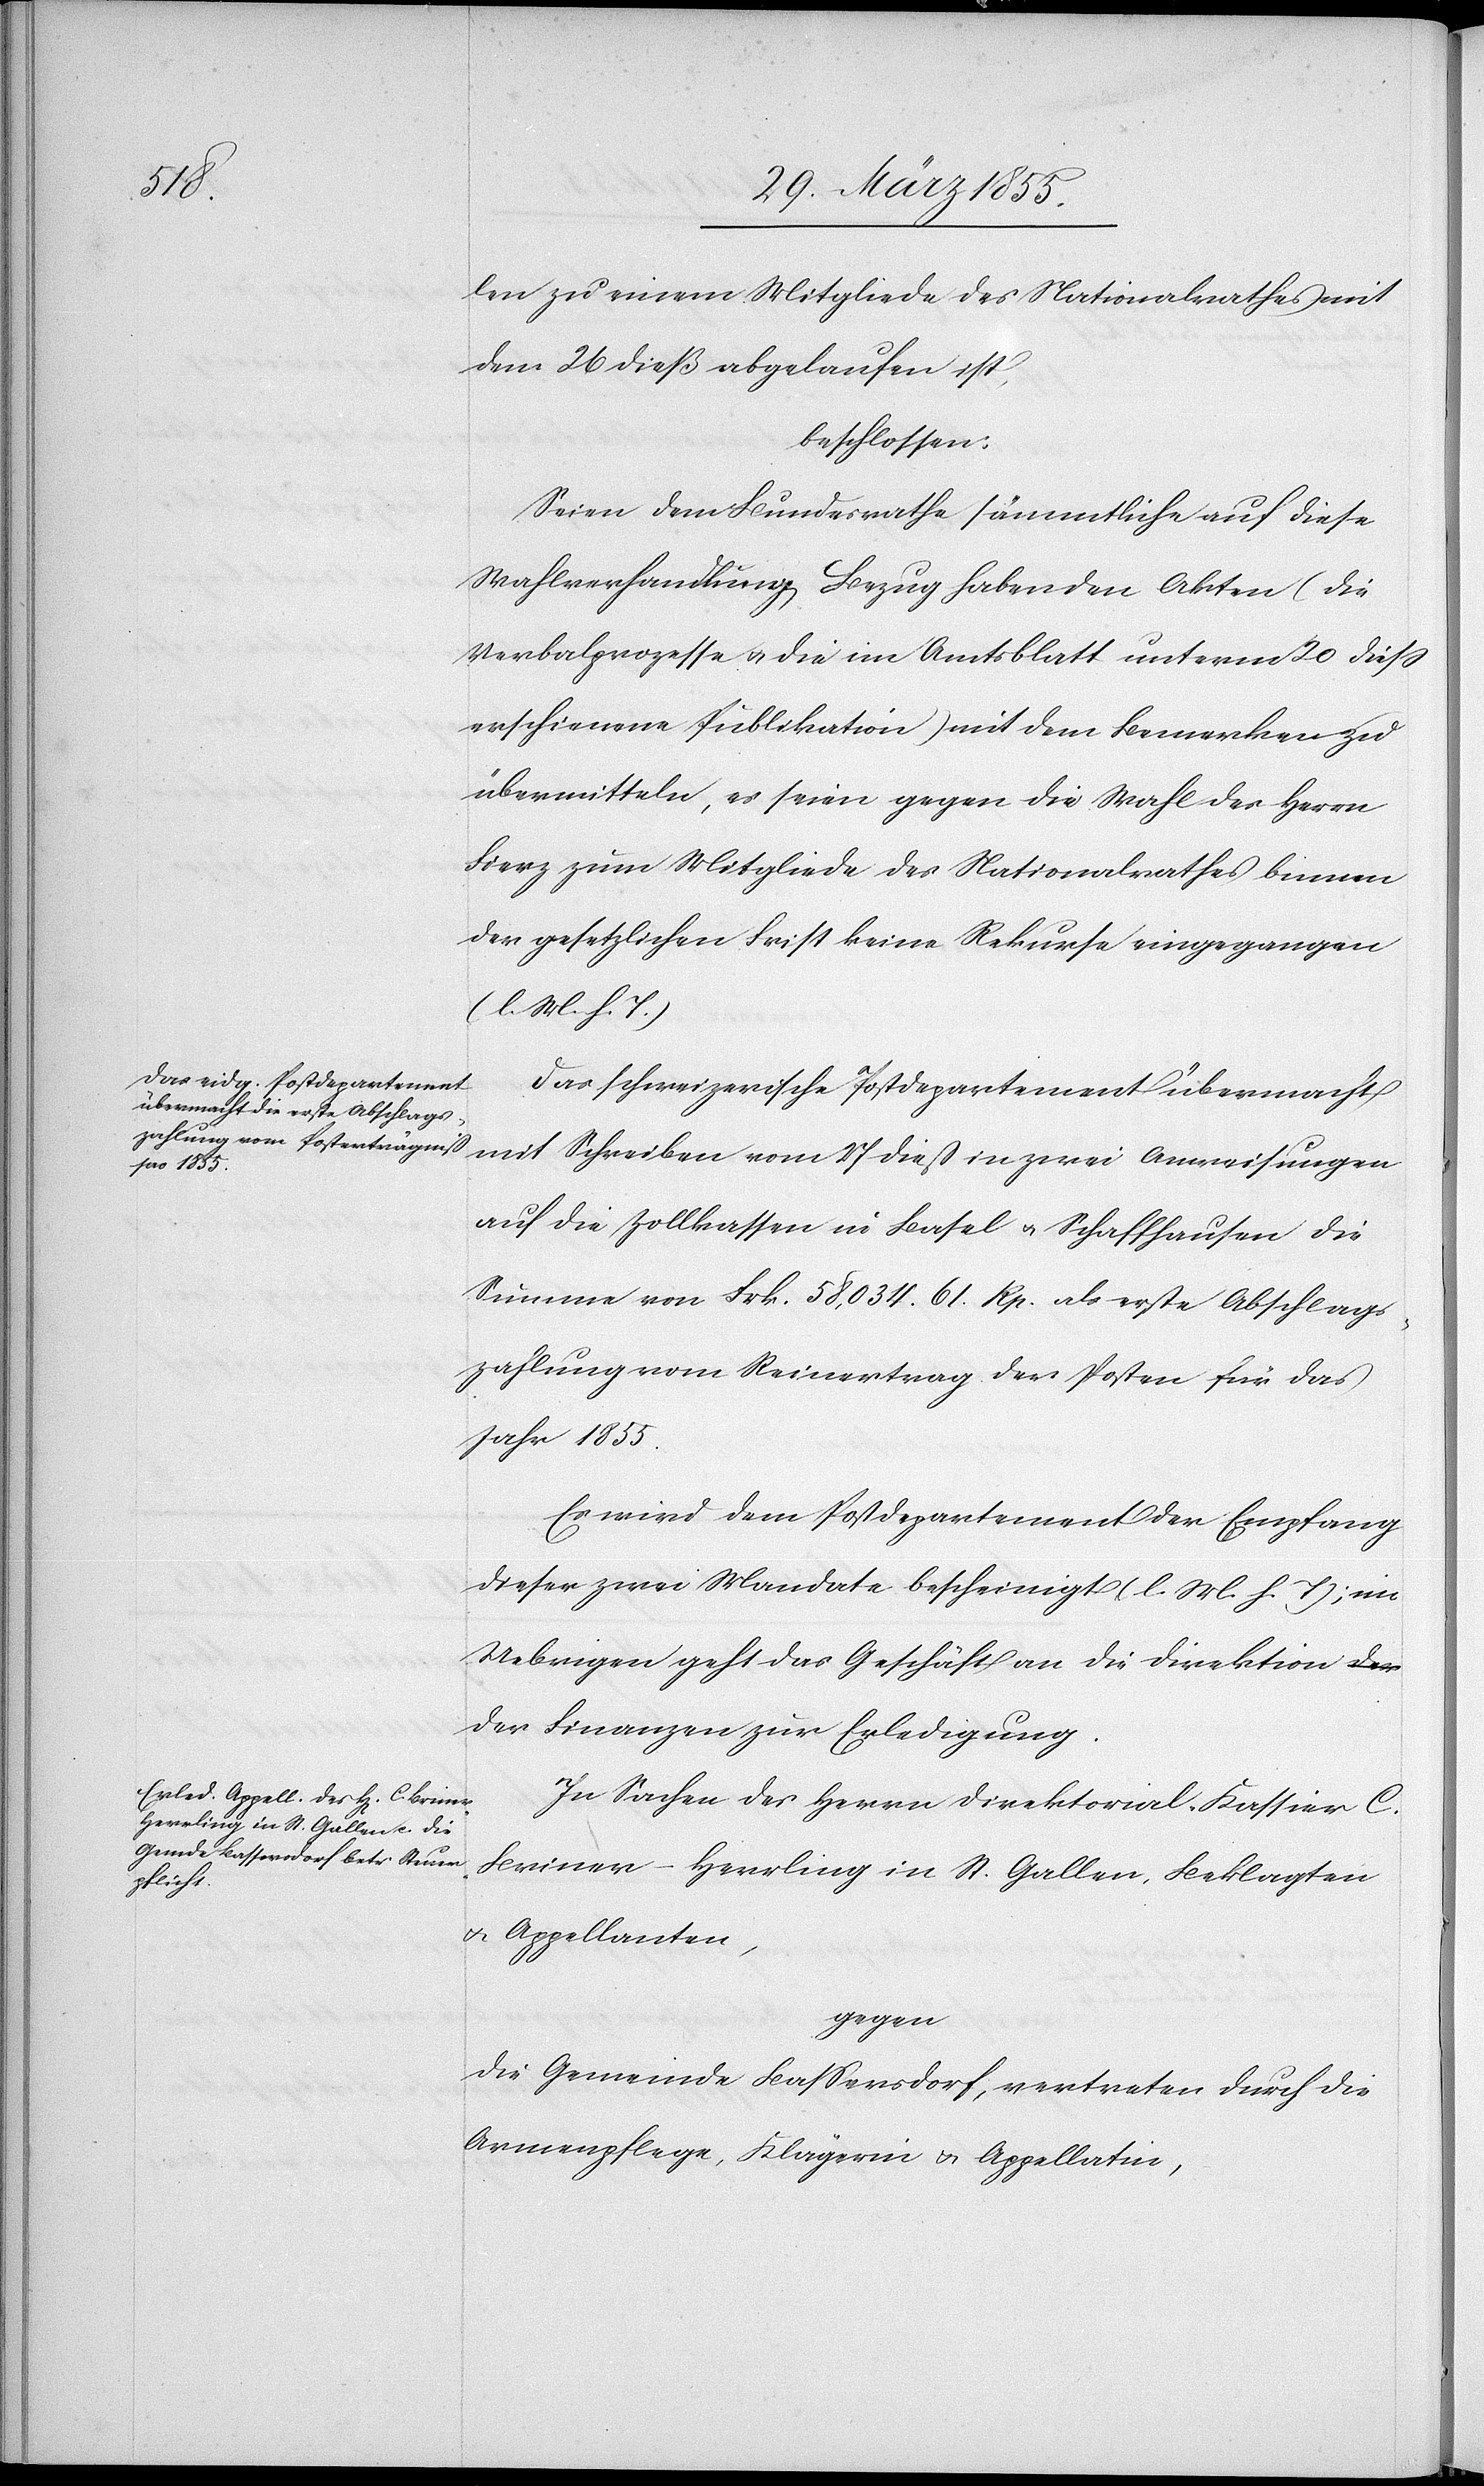
len zu einem Mitgliede des Nationalrathes mit
dem 26 dieß abgelaufen ist,
beschlossen:
Seien dem Bundesrathe sämmtliche auf diese
Wahlverhandlung Bezug habenden Akten (die
Verbalprozesse & die im Amtsblatt unterm 20 diess
erschienene Publikation) mit dem Bemerken zu
übermitteln, es seien gegen die Wahl des Herrn
Fierz zum Mitgliede des Nationalrathes binnen
der gesetzlichen Frist keine Rekurse eingegangen
(l. M. h. T.)
Das schweizerische Postdepartement übermacht
mit Schreiben vom 27 dieß in zwei Anweisungen
auf die Zollkassen in Basel & Schaffhausen die
Summe von Frk. 58,034. 61. Rp. als erste Abschlags¬
zahlung vom Reinertrag der Posten für das
Jahr 1855.
Es wird dem Postdepartement der Empfang
dieser zwei Mandate bescheinigt (l. M. h. T); im
Uebrigen geht das Geschäft an die Direktion d¬
er Finanzen zur Erledigung.
In Sachen des Herrn Direktorial-Kassier C.
Briner-Herrling in St. Gallen, Beklagten
& Appellanten,
gegen
die Gemeinde Bassersdorf, vertreten durch die
Armenpflege, Klägerin & Appellatin,